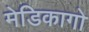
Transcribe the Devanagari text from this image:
मेडिकागो